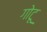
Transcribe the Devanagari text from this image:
गोटू